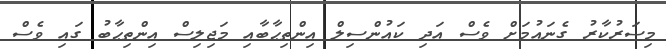
މިސަރުކާރު ގެނައުމަށް ވެސް އަދި ކައުންސިލް އިންތިޙާބާއި މަޖިލިސް އިންތިޙާބު ގައި ވެސް